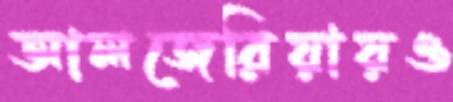
আলজেরিয়ায়ও